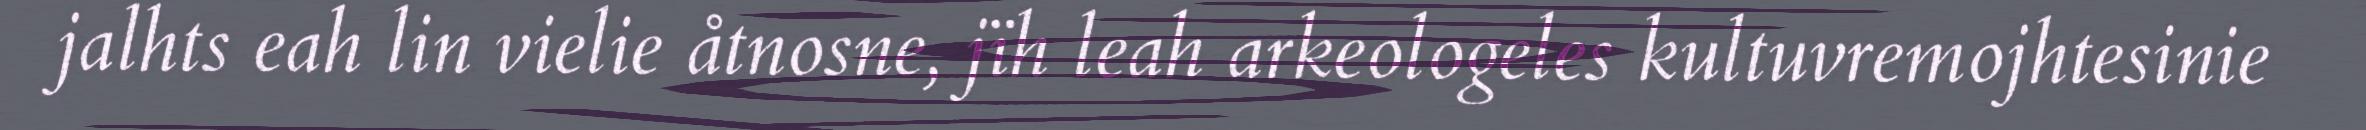
jalhts eah lin vielie åtnosne, jïh leah arkeologeles kultuvremojhtesinie